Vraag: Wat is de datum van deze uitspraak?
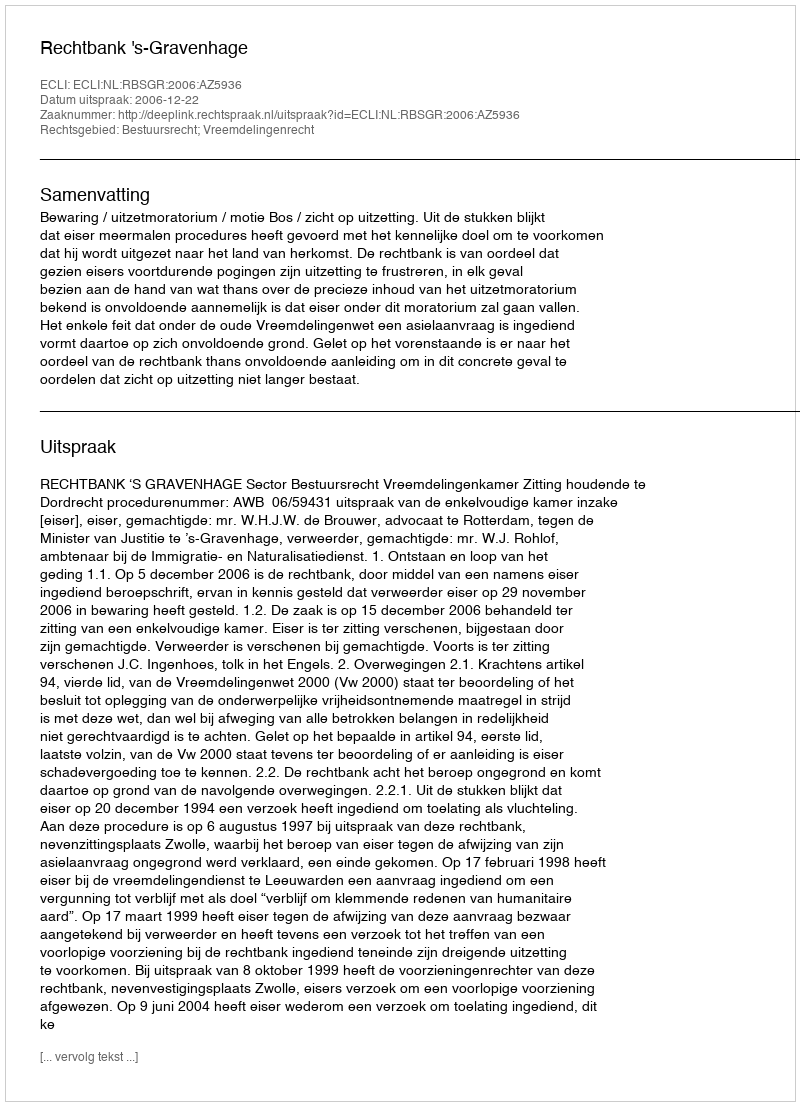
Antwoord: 2006-12-22